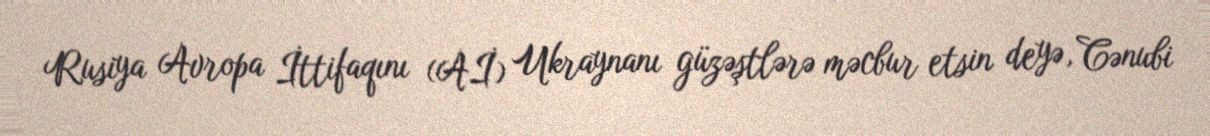
Rusiya Avropa İttifaqını (Aİ) Ukraynanı güzəştlərə məcbur etsin deyə, Cənubi